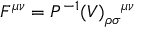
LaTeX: F ^ { \mu \nu } = { { \cal P } ^ { - 1 } ( V ) } _ { \rho \sigma } { } ^ { \mu \nu }